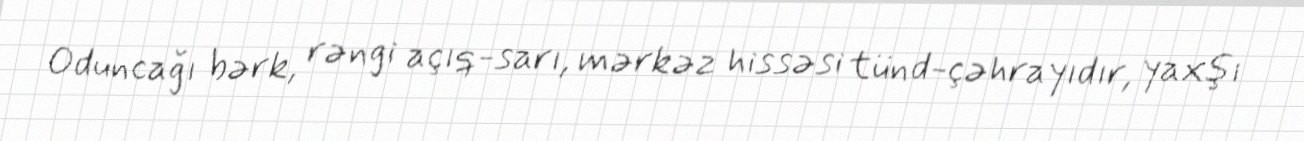
Oduncağı bərk, rəngi açıq-sarı, mərkəz hissəsi tünd-çəhrayıdır, yaxşı